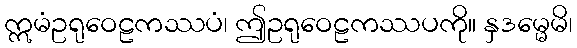
ဣမံဥရုဝေဠကဿပံ၊ ဤဥရုဝေဠကဿပကို။ နှဒမ္မေမိ၊